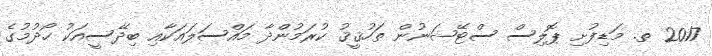
2017 ތ. މަޑިފުށި ޕޮލިސް ސްޓޭޝަނުން ތަހުޤީޤު ކުރަމުންދާ މައްސަލައަކާއި ބިދޭސީއަކު ހޯދުމުގެ